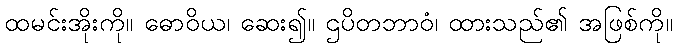
ထမင်းအိုးကို။ ဓောဝိယ၊ ဆေး၍။ ဌပိတဘာဝံ၊ ထားသည်၏ အဖြစ်ကို။